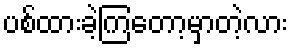
ပစ်ထားခဲ့ကြတော့မှာတဲ့လား